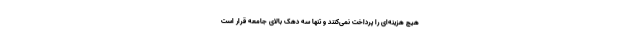
هیچ هزینه‌ای را پرداخت نمی‌کنند و تنها سه دهک بالای جامعه قرار است